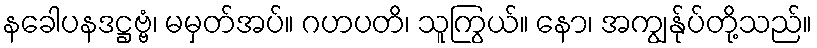
နခေါပနဒဋ္ဌဗ္ဗံ၊ မမှတ်အပ်။ ဂဟပတိ၊ သူကြွယ်။ နော၊ အကျွန်ုပ်တို့သည်။